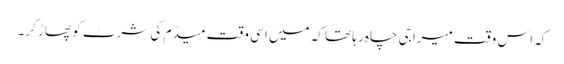
کہ اس وقت میرا جی چاہ رہا تھا کہ میں اسی وقت میڈم کی شرٹ کو پھاڑ کر۔